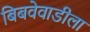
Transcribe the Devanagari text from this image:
बिबवेवाडीला